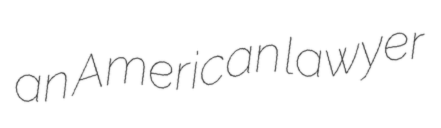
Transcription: an American lawyer